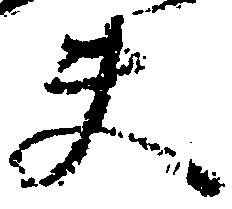
夫